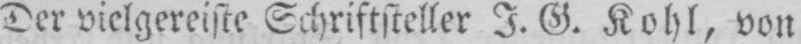
Der vielgereiste Schriftsteller J. G. Kohl, von